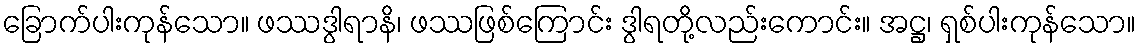
ခြောက်ပါးကုန်သော။ ဖဿဒွါရာနိ၊ ဖဿဖြစ်ကြောင်း ဒွါရတို့လည်းကောင်း။ အဋ္ဌ၊ ရှစ်ပါးကုန်သော။